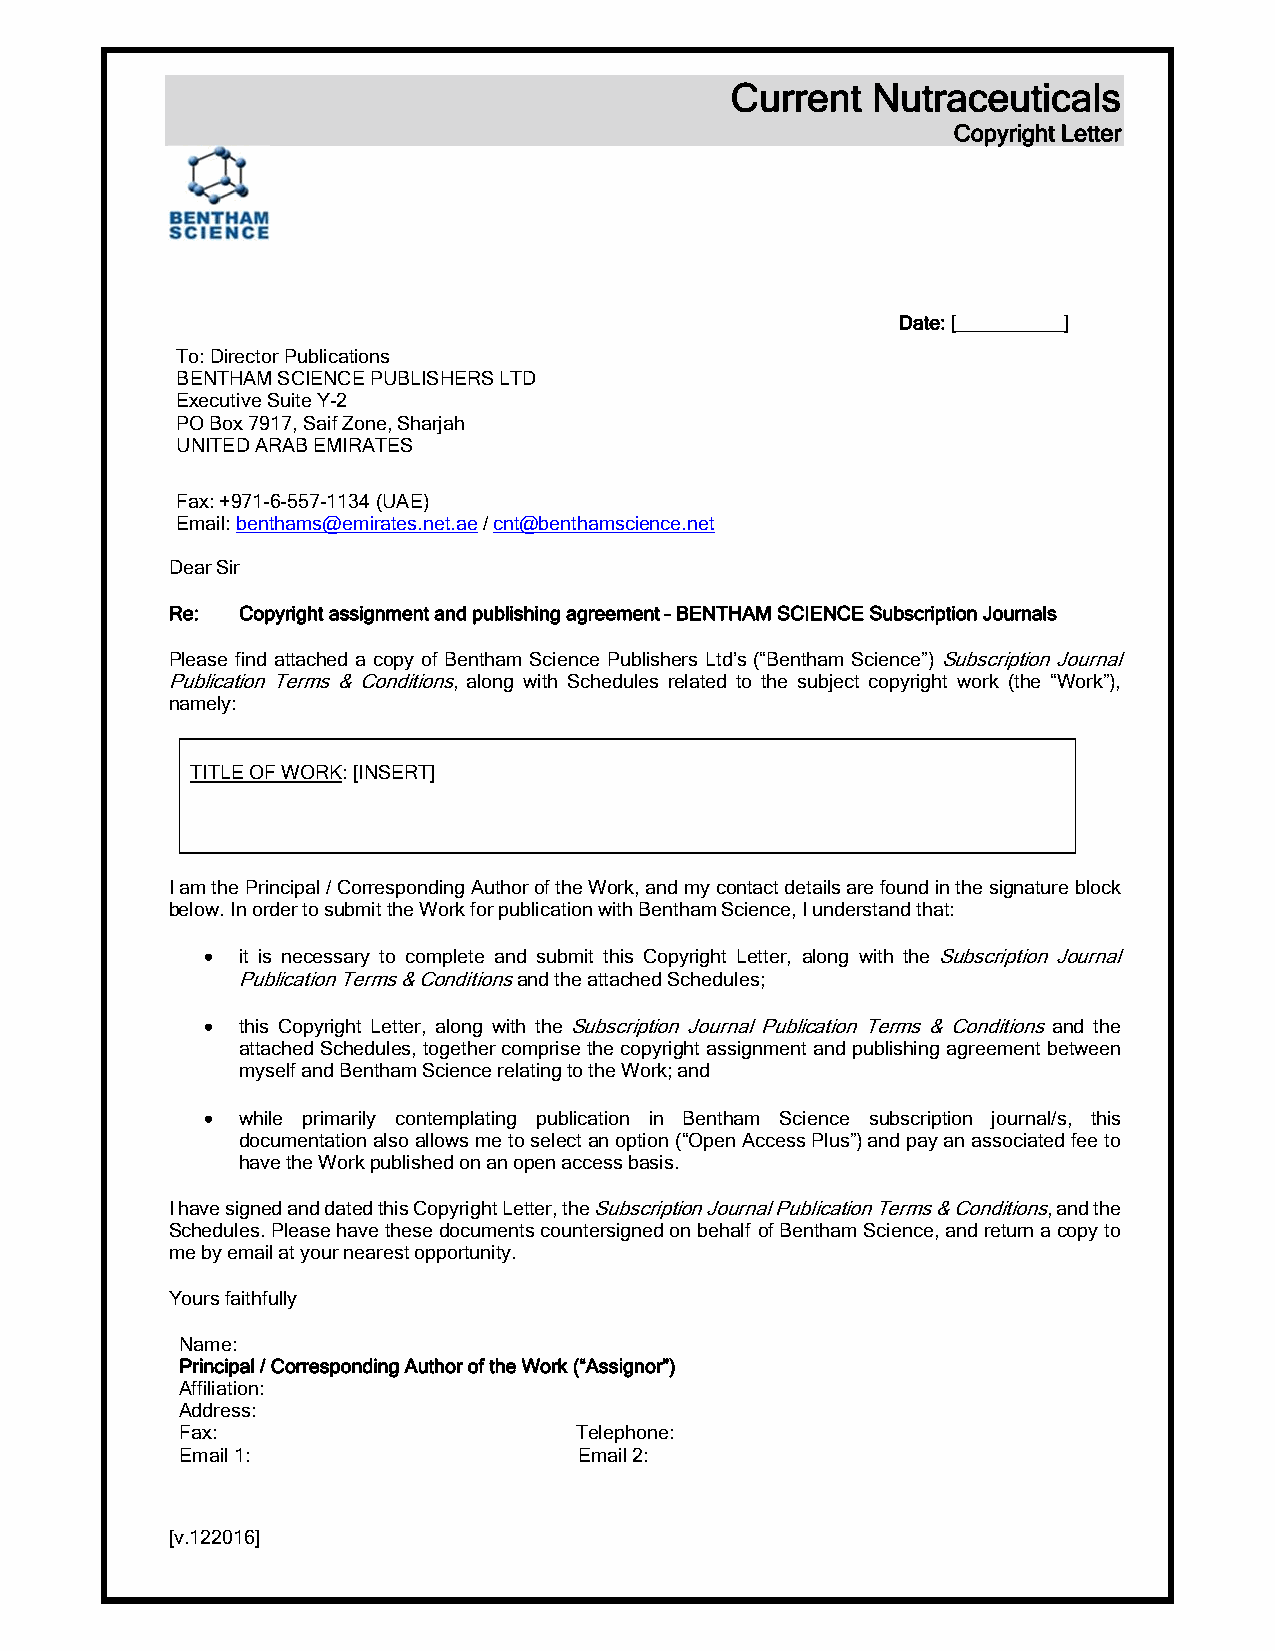
Current   Nutraceuticals
 Copyright Letter
 Date: [__________]
 To: Director Publications
 BENTHAM SCIENCE PUBLISHERS LTD
 Executive Suite Y-2
 PO Box 7917, Saif Zone, Sharjah
 UNITED ARAB EMIRATES
 Fax: +971-6-557-1134 (UAE)
 Email: benthams@emirates.net.ae / cnt@benthamscience.net
 Dear Sir
 Re:  Copyright assignment and publishing agreement – BENTHAM SCIENCE Subscription Journals
 Please find attached a copy of Bentham Science Publishers Ltd’s (“Bentham Science”) Subscription Journal
 Publication Terms & Conditions, along with Schedules related to the subject copyright work (the “Work”),
 namely:
 TITLE OF WORK: [INSERT]
 I am the Principal / Corresponding Author of the Work, and my contact details are found in the signature block
 below. In order to submit the Work for publication with Bentham Science, I understand that:
   it is necessary to complete and submit this Copyright Letter, along with the Subscription Journal
 Publication Terms & Conditions and the attached Schedules;
   this Copyright Letter, along with the Subscription Journal Publication Terms & Conditions and the
 attached Schedules, together comprise the copyright assignment and publishing agreement between
 myself and Bentham Science relating to the Work; and
   while primarily contemplating publication in Bentham Science subscription journal/s, this
 documentation also allows me to select an option (“Open Access Plus”) and pay an associated fee to
 have the Work published on an open access basis.
 I have signed and dated this Copyright Letter, the Subscription Journal Publication Terms & Conditions, and the
 Schedules. Please have these documents countersigned on behalf of Bentham Science, and return a copy to
 me by email at your nearest opportunity.
 Yours faithfully
 Name:
 Principal / Corresponding Author of the Work (“Assignor”)
 Affiliation:
 Address:
 Fax:                      Telephone:
 Email 1:                  Email 2:
 [v.122016]